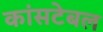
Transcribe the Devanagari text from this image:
कांसटेबल